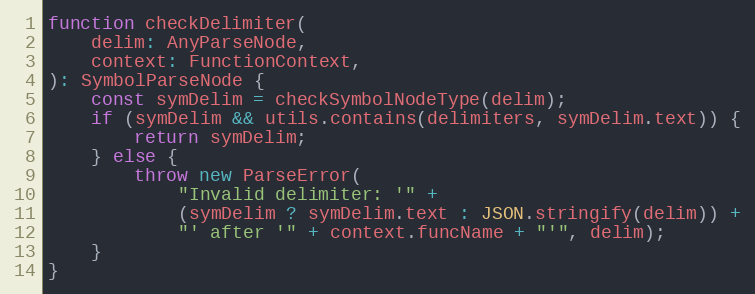
Language: JavaScript
function checkDelimiter(
    delim: AnyParseNode,
    context: FunctionContext,
): SymbolParseNode {
    const symDelim = checkSymbolNodeType(delim);
    if (symDelim && utils.contains(delimiters, symDelim.text)) {
        return symDelim;
    } else {
        throw new ParseError(
            "Invalid delimiter: '" +
            (symDelim ? symDelim.text : JSON.stringify(delim)) +
            "' after '" + context.funcName + "'", delim);
    }
}